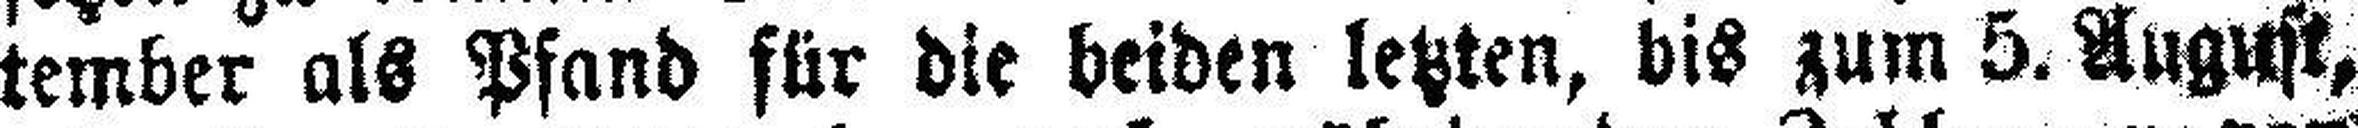
tember als Pfand für die beiden letzten, bis zum 5. August,